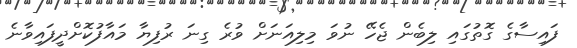
ފައިސާގެ ގޮތުގައި ލިބެން ޖެހޭ ނުވަ މިލިއަނަށް ވުރެ ގިނަ ރުފިޔާ މައާފުކޮށްދީފައިވާނެ